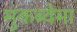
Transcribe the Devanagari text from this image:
मुकब्वेमा